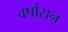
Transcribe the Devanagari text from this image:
वर्षासन